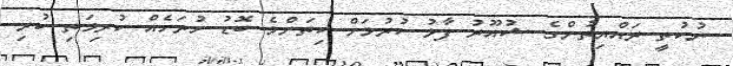
ނުކުތީ ރައްޔިތުންގެ ޝުއޫރު ފާޅު ކުރުމަށް ކިތަންމެ ބޮޑު ހުރަހެއް ކުރިމަތި ކުރި